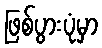
ဖြစ်ပွားပုံမှာ